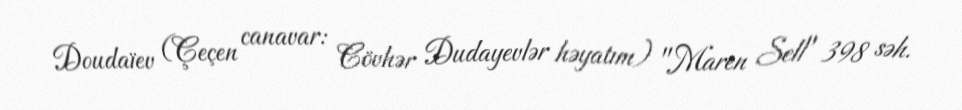
Doudaïev (Çeçen canavar: Cövhər Dudayevlər həyatım) "Maren Sell" 398 səh.